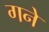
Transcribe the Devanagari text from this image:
गने